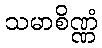
သမာစိဏ္ဏံ